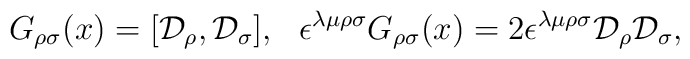
G_{\rho\sigma}(x)=[{\cal D}_\rho,{\cal D}_\sigma],\ \ \epsilon^{\lambda\mu\rho\sigma}G_{\rho\sigma}(x)=2\epsilon^{\lambda\mu\rho\sigma}{\cal D}_\rho{\cal D}_\sigma,